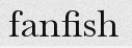
fanfish